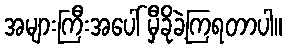
အများကြီးအပေါ် မှီခိုခဲ့ကြရတာပါ။